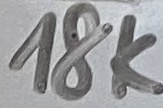
Text: 18K